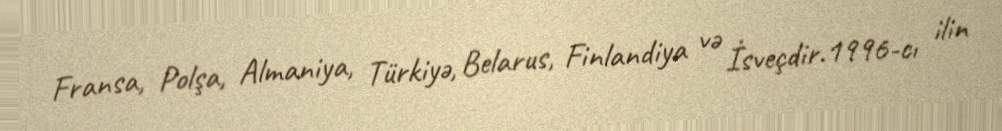
Fransa, Polşa, Almaniya, Türkiyə, Belarus, Finlandiya və İsveçdir.1996-cı ilin